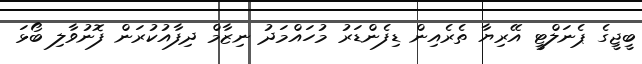
ބީޖީގެ ޕެނަލްޓީ އޭރިޔާ ތެރެއިން ޑިފެންޑަރު މުހައްމަދު ނިޒާމް ދިފާއުކުރަން ފޮނުވާލި ބޯޅަ